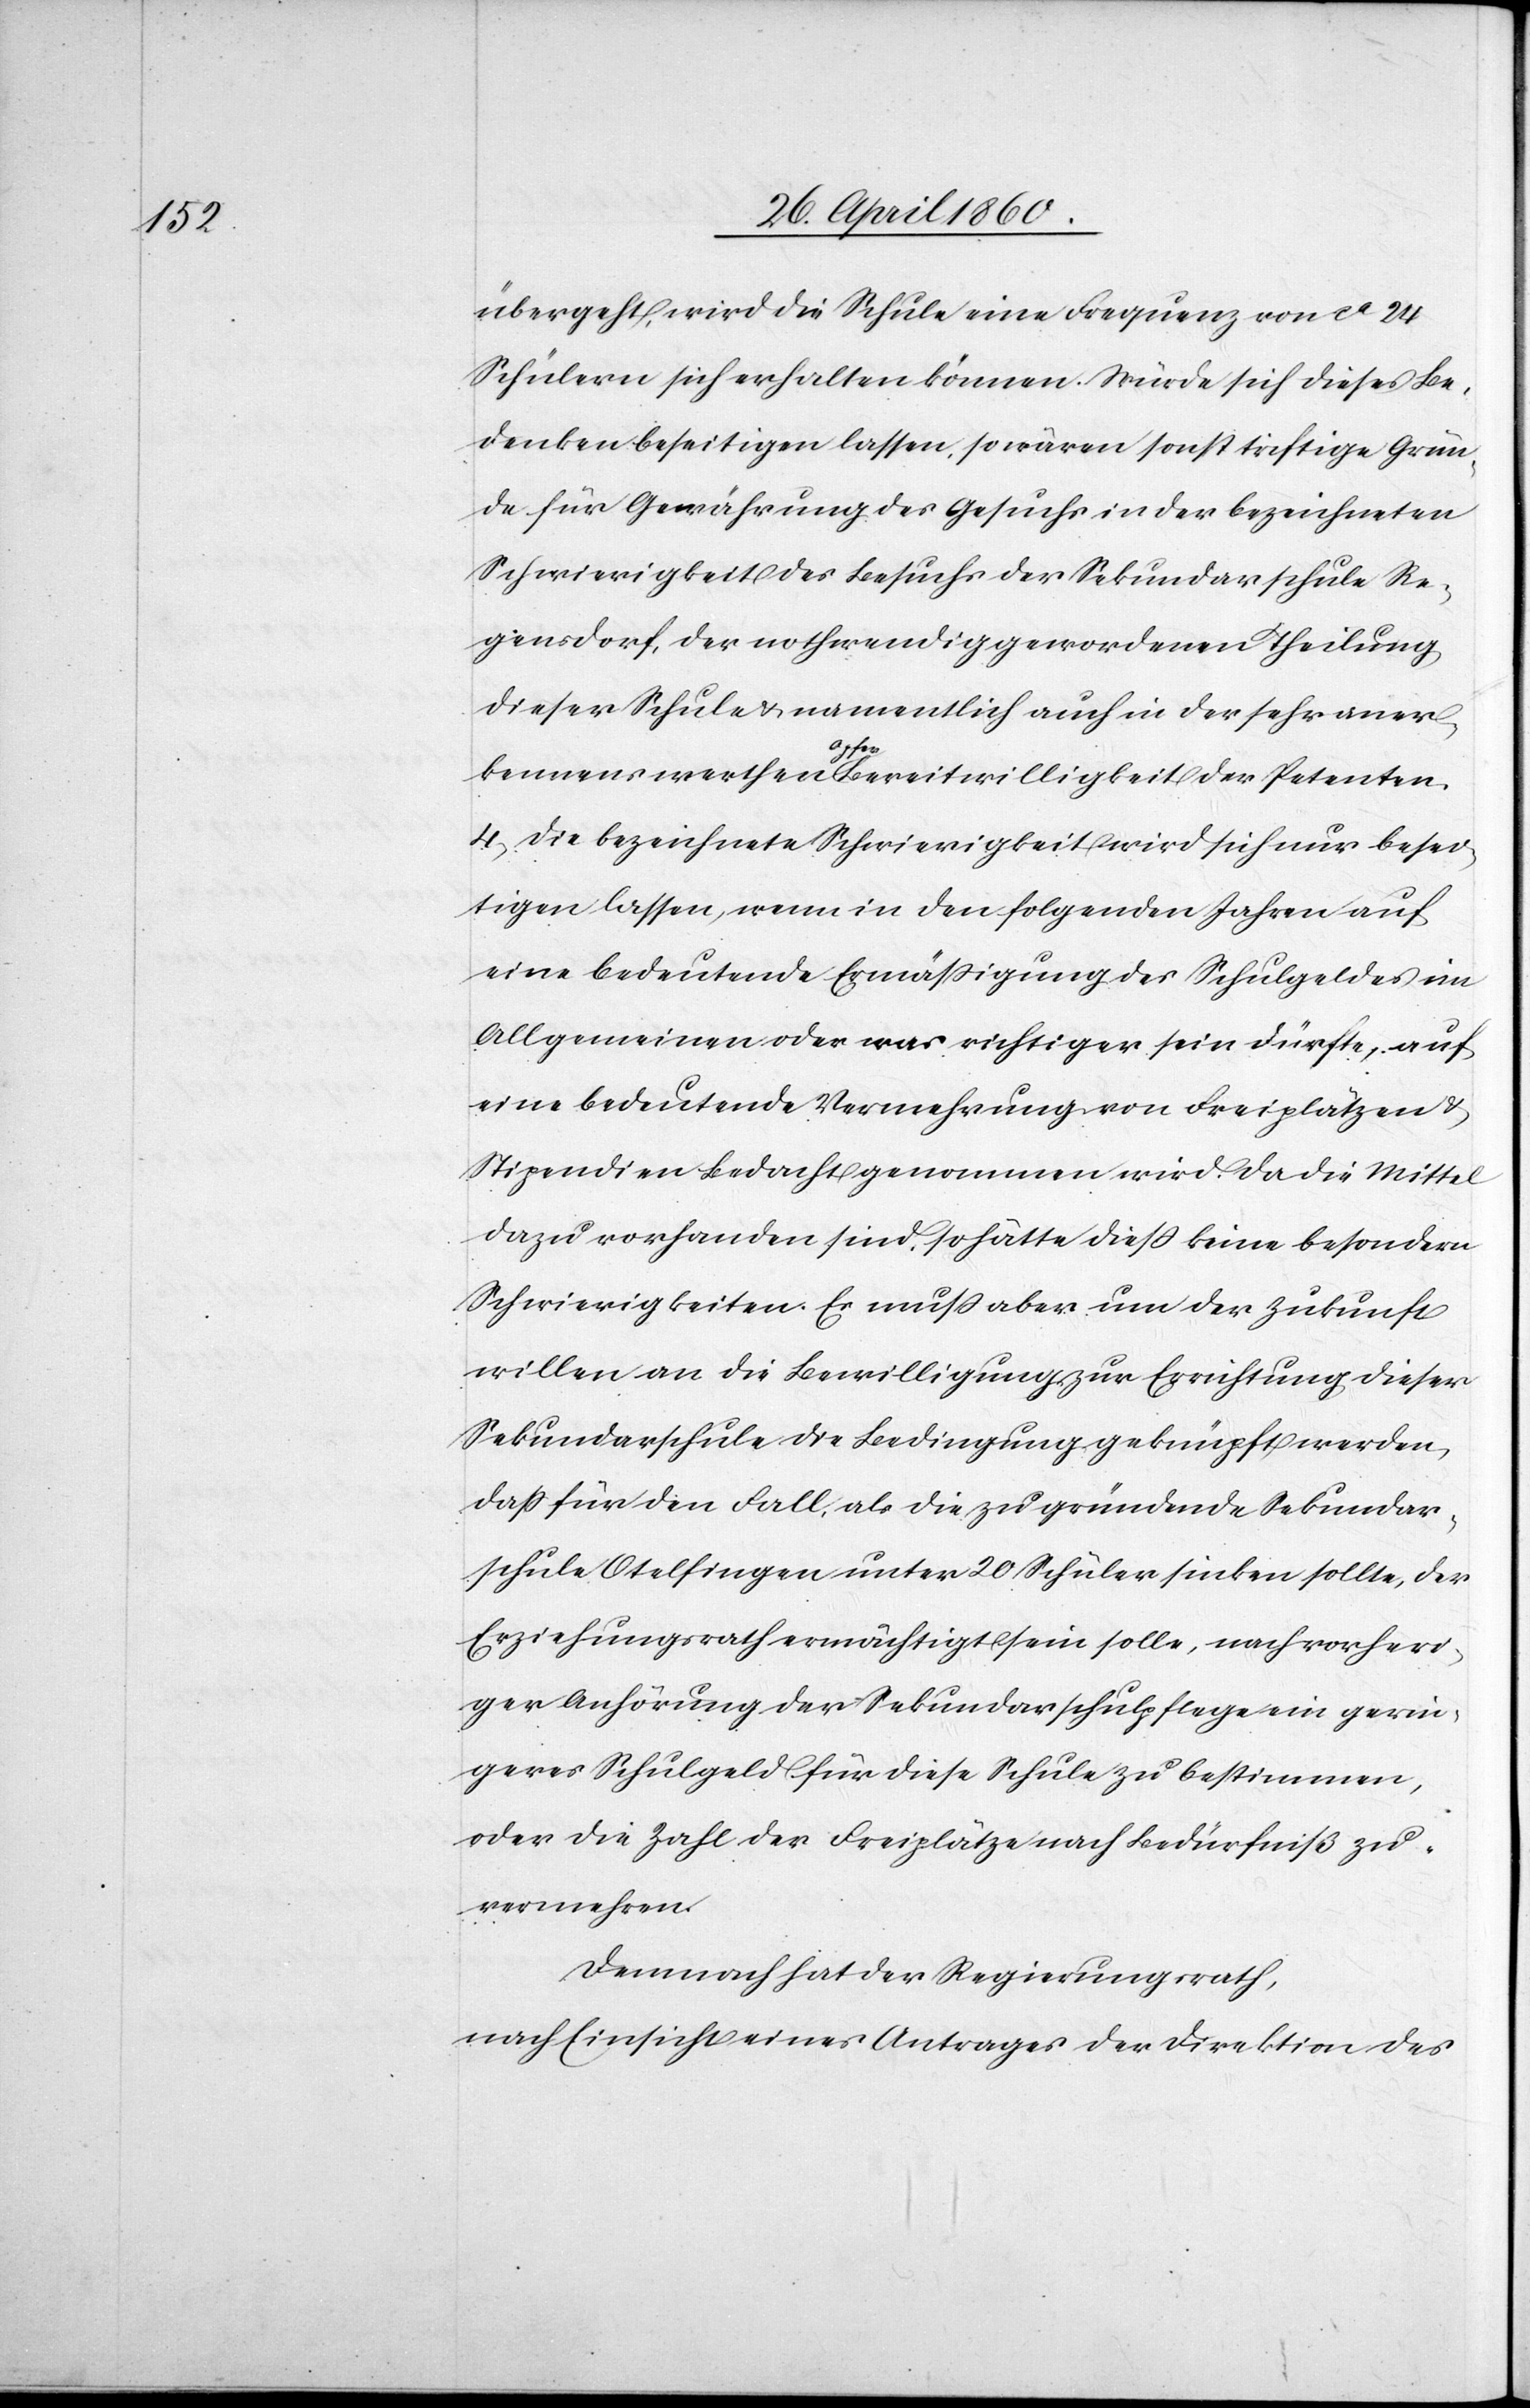
übergeht, wird die Schule eine Frequenz von ca 24
Schülern sich erhalten können. Würde sich dieses Be¬
denken beseitigen lassen, so wären sonst triftige Grün¬
de für Gewährung des Gesuchs in der bezeichneten
Schwierigkeit des Besuchs der Sekundarschule Re¬
gensdorf, der nothwendig gewordenen Theilung
dieser Schule u. namentlich auch in der sehr aner¬
kennenswerthen Opferbereitwilligung der Petenten.
4, Die bezeichnete Schwierigkeit wird sich nur besei¬
tigen lassen, wenn in den folgenden Jahren auf
eine bedeutende Ermässigung des Schulgeldes im
Allgemeinen oder was richtiger sein dürfte, auf
eine bedeutende Vermehrung von Freiplätzen u.
Stipendien Bedacht genommen wird. Da die Mittel
dazu vorhanden sind, so hätte diess keine besondern
Schwierigkeiten. Es muss aber um der Zukunft
willen an die Bewilligung zur Errichtung dieser
Sekundarschule die Bedingung geknüpft werden,
dass für den Fall, als die zu gründende Sekundar¬
schule Otelfingen unter 20 Schüler sinken sollte, der
Erziehungsrath ermächtigt sein solle, nach vorheri¬
ger Anhörung der Sekundarschulpflege ein gerin¬
geres Schulgeld für diese Schule zu bestimmen,
oder die Zahl der Freiplätze nach Bedürfniß zu
vermehren.
Demnach hat der Regierungsrath,
nach Einsicht eines Antrages der Direktion des